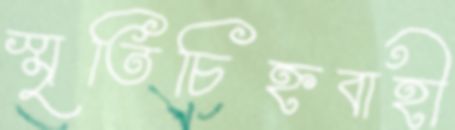
স্মৃতিচিহ্নবাহী